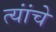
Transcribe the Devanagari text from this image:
त्यांंचेे